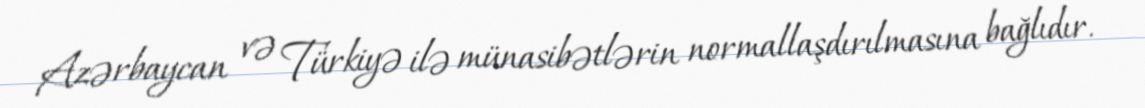
Azərbaycan və Türkiyə ilə münasibətlərin normallaşdırılmasına bağlıdır.